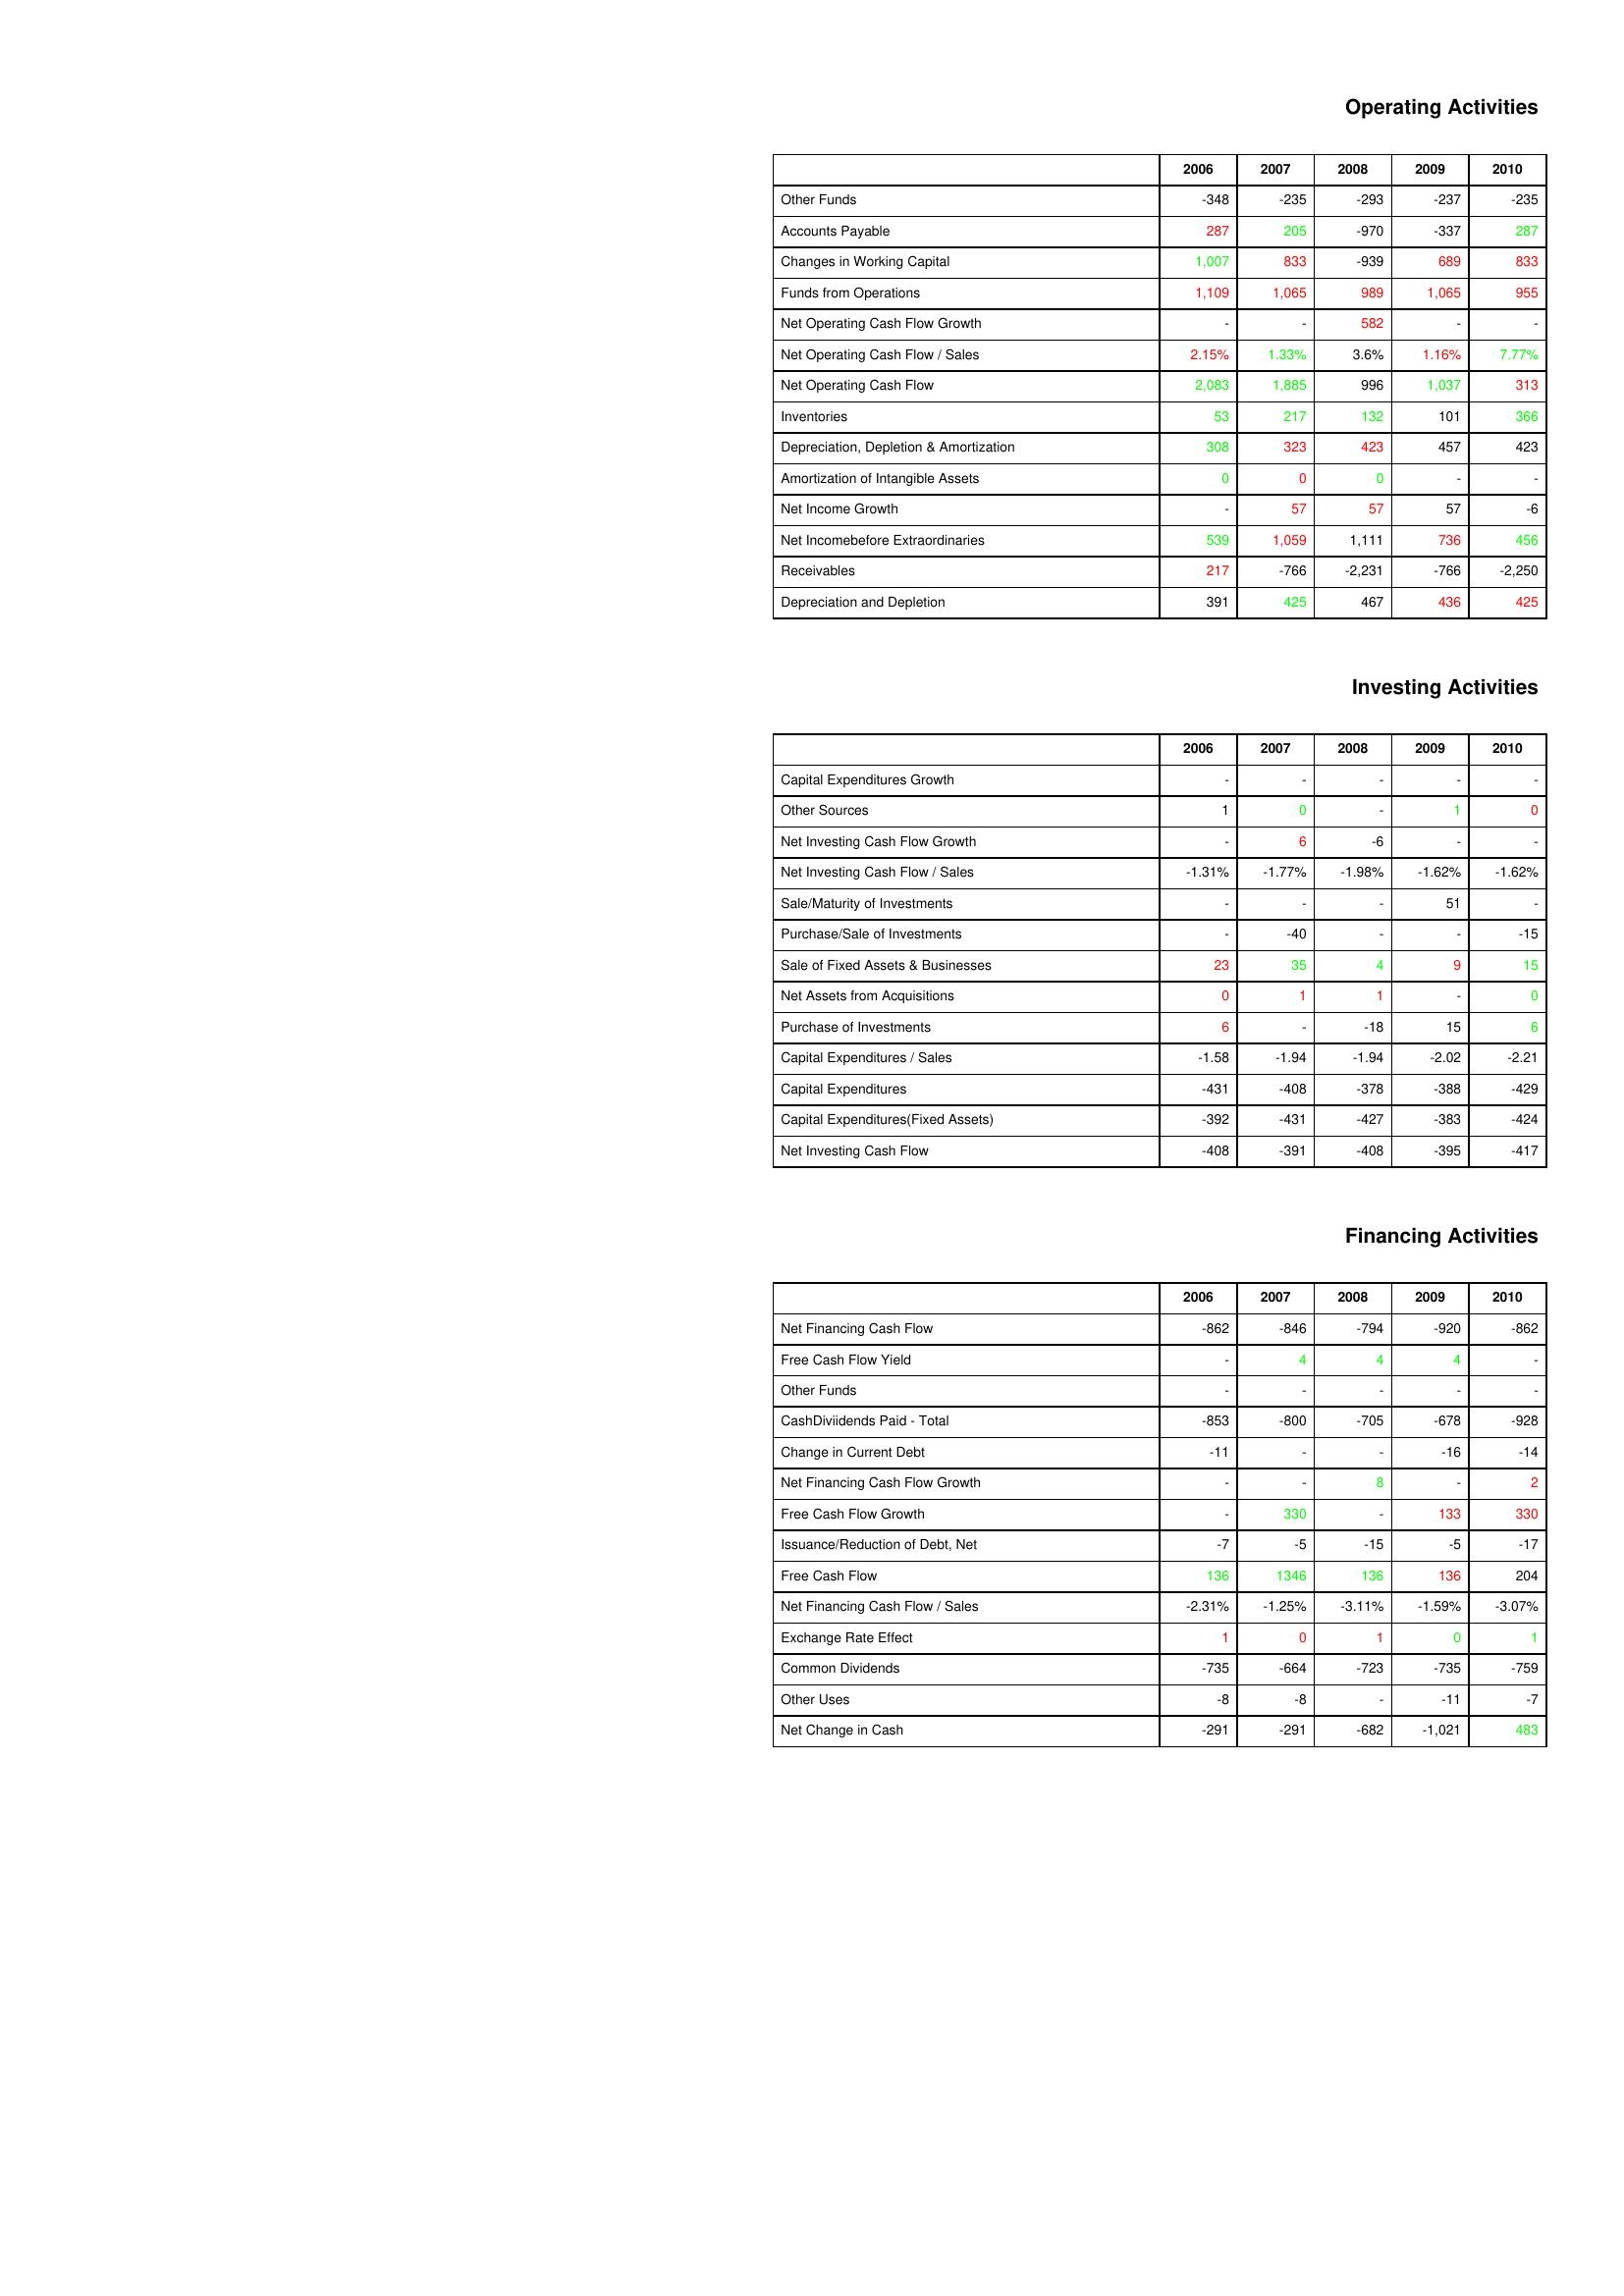
gt_parse: 2006: Operating Activities: Other Funds: -348
Accounts Payable: 287
Changes in Working Capital: 1,007
Funds from Operations: 1,109
Net Operating Cash Flow Growth: -
Net Operating Cash Flow / Sales: 2.15%
Net Operating Cash Flow: 2,083
Inventories: 53
Depreciation, Depletion & Amortization: 308
Amortization of Intangible Assets: 0
Net Income Growth: -
Net Incomebefore Extraordinaries: 539
Receivables: 217
Depreciation and Depletion: 391
Investing Activities: Capital Expenditures Growth: -
Other Sources: 1
Net Investing Cash Flow Growth: -
Net Investing Cash Flow / Sales: -1.31%
Sale/Maturity of Investments: -
Purchase/Sale of Investments: -
Sale of Fixed Assets & Businesses: 23
Net Assets from Acquisitions: 0
Purchase of Investments: 6
Capital Expenditures / Sales: -1.58
Capital Expenditures: -431
Capital Expenditures(Fixed Assets): -392
Net Investing Cash Flow: -408
Financing Activities: Net Financing Cash Flow: -862
Free Cash Flow Yield: -
Other Funds: -
CashDiviidends Paid - Total: -853
Change in Current Debt: -11
Net Financing Cash Flow Growth: -
Free Cash Flow Growth: -
Issuance/Reduction of Debt, Net: -7
Free Cash Flow: 136
Net Financing Cash Flow / Sales: -2.31%
Exchange Rate Effect: 1
Common Dividends: -735
Other Uses: -8
Net Change in Cash: -291
2007: Operating Activities: Other Funds: -235
Accounts Payable: 205
Changes in Working Capital: 833
Funds from Operations: 1,065
Net Operating Cash Flow Growth: -
Net Operating Cash Flow / Sales: 1.33%
Net Operating Cash Flow: 1,885
Inventories: 217
Depreciation, Depletion & Amortization: 323
Amortization of Intangible Assets: 0
Net Income Growth: 57
Net Incomebefore Extraordinaries: 1,059
Receivables: -766
Depreciation and Depletion: 425
Investing Activities: Capital Expenditures Growth: -
Other Sources: 0
Net Investing Cash Flow Growth: 6
Net Investing Cash Flow / Sales: -1.77%
Sale/Maturity of Investments: -
Purchase/Sale of Investments: -40
Sale of Fixed Assets & Businesses: 35
Net Assets from Acquisitions: 1
Purchase of Investments: -
Capital Expenditures / Sales: -1.94
Capital Expenditures: -408
Capital Expenditures(Fixed Assets): -431
Net Investing Cash Flow: -391
Financing Activities: Net Financing Cash Flow: -846
Free Cash Flow Yield: 4
Other Funds: -
CashDiviidends Paid - Total: -800
Change in Current Debt: -
Net Financing Cash Flow Growth: -
Free Cash Flow Growth: 330
Issuance/Reduction of Debt, Net: -5
Free Cash Flow: 1346
Net Financing Cash Flow / Sales: -1.25%
Exchange Rate Effect: 0
Common Dividends: -664
Other Uses: -8
Net Change in Cash: -291
2008: Operating Activities: Other Funds: -293
Accounts Payable: -970
Changes in Working Capital: -939
Funds from Operations: 989
Net Operating Cash Flow Growth: 582
Net Operating Cash Flow / Sales: 3.6%
Net Operating Cash Flow: 996
Inventories: 132
Depreciation, Depletion & Amortization: 423
Amortization of Intangible Assets: 0
Net Income Growth: 57
Net Incomebefore Extraordinaries: 1,111
Receivables: -2,231
Depreciation and Depletion: 467
Investing Activities: Capital Expenditures Growth: -
Other Sources: -
Net Investing Cash Flow Growth: -6
Net Investing Cash Flow / Sales: -1.98%
Sale/Maturity of Investments: -
Purchase/Sale of Investments: -
Sale of Fixed Assets & Businesses: 4
Net Assets from Acquisitions: 1
Purchase of Investments: -18
Capital Expenditures / Sales: -1.94
Capital Expenditures: -378
Capital Expenditures(Fixed Assets): -427
Net Investing Cash Flow: -408
Financing Activities: Net Financing Cash Flow: -794
Free Cash Flow Yield: 4
Other Funds: -
CashDiviidends Paid - Total: -705
Change in Current Debt: -
Net Financing Cash Flow Growth: 8
Free Cash Flow Growth: -
Issuance/Reduction of Debt, Net: -15
Free Cash Flow: 136
Net Financing Cash Flow / Sales: -3.11%
Exchange Rate Effect: 1
Common Dividends: -723
Other Uses: -
Net Change in Cash: -682
2009: Operating Activities: Other Funds: -237
Accounts Payable: -337
Changes in Working Capital: 689
Funds from Operations: 1,065
Net Operating Cash Flow Growth: -
Net Operating Cash Flow / Sales: 1.16%
Net Operating Cash Flow: 1,037
Inventories: 101
Depreciation, Depletion & Amortization: 457
Amortization of Intangible Assets: -
Net Income Growth: 57
Net Incomebefore Extraordinaries: 736
Receivables: -766
Depreciation and Depletion: 436
Investing Activities: Capital Expenditures Growth: -
Other Sources: 1
Net Investing Cash Flow Growth: -
Net Investing Cash Flow / Sales: -1.62%
Sale/Maturity of Investments: 51
Purchase/Sale of Investments: -
Sale of Fixed Assets & Businesses: 9
Net Assets from Acquisitions: -
Purchase of Investments: 15
Capital Expenditures / Sales: -2.02
Capital Expenditures: -388
Capital Expenditures(Fixed Assets): -383
Net Investing Cash Flow: -395
Financing Activities: Net Financing Cash Flow: -920
Free Cash Flow Yield: 4
Other Funds: -
CashDiviidends Paid - Total: -678
Change in Current Debt: -16
Net Financing Cash Flow Growth: -
Free Cash Flow Growth: 133
Issuance/Reduction of Debt, Net: -5
Free Cash Flow: 136
Net Financing Cash Flow / Sales: -1.59%
Exchange Rate Effect: 0
Common Dividends: -735
Other Uses: -11
Net Change in Cash: -1,021
2010: Operating Activities: Other Funds: -235
Accounts Payable: 287
Changes in Working Capital: 833
Funds from Operations: 955
Net Operating Cash Flow Growth: -
Net Operating Cash Flow / Sales: 7.77%
Net Operating Cash Flow: 313
Inventories: 366
Depreciation, Depletion & Amortization: 423
Amortization of Intangible Assets: -
Net Income Growth: -6
Net Incomebefore Extraordinaries: 456
Receivables: -2,250
Depreciation and Depletion: 425
Investing Activities: Capital Expenditures Growth: -
Other Sources: 0
Net Investing Cash Flow Growth: -
Net Investing Cash Flow / Sales: -1.62%
Sale/Maturity of Investments: -
Purchase/Sale of Investments: -15
Sale of Fixed Assets & Businesses: 15
Net Assets from Acquisitions: 0
Purchase of Investments: 6
Capital Expenditures / Sales: -2.21
Capital Expenditures: -429
Capital Expenditures(Fixed Assets): -424
Net Investing Cash Flow: -417
Financing Activities: Net Financing Cash Flow: -862
Free Cash Flow Yield: -
Other Funds: -
CashDiviidends Paid - Total: -928
Change in Current Debt: -14
Net Financing Cash Flow Growth: 2
Free Cash Flow Growth: 330
Issuance/Reduction of Debt, Net: -17
Free Cash Flow: 204
Net Financing Cash Flow / Sales: -3.07%
Exchange Rate Effect: 1
Common Dividends: -759
Other Uses: -7
Net Change in Cash: 483